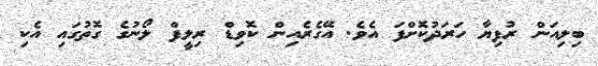
ބިލިއަން ރުފިޔާ ހަރަދުކޮށްފަ އެވެ. އޭގެރެއިން ކޮވިޑް ރިލީފް ލޯނުގެ ގޮތުގައި އެކި